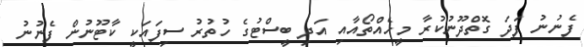
ފެނުނު ފަދަ ގޮތްދޫނުކުރާ މީހެއްތޯއާއި އަދި ބީސްޓުގެ ހުތުރު ސިފައަކީ ކާޓޫނުން ފެނުނު